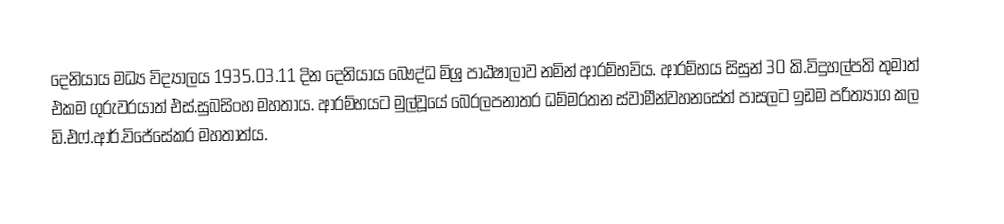
දෙනියාය මධ්‍ය විද්‍යාලය 1935.03.11 දින දෙනියාය බෞද්ධ මිශ්‍ර පාඨෂාලාව නමින් ආරම්භවිය. ආරම්භය සිසුන් 30 කි.විදුහල්පති  තුමාත් එකම ගුරුවරයාත් එස්.සුබසිංහ මහතාය. ආරම්භයට මුල්වූයේ  බෙරලපනාතර ධම්මරතන ස්වාමීන්වහනසේත් පාසලට ඉඩම පරිත්‍යාග කල ඩි.එෆ්.ආර්.විජේසේකර මහතාත්ය.